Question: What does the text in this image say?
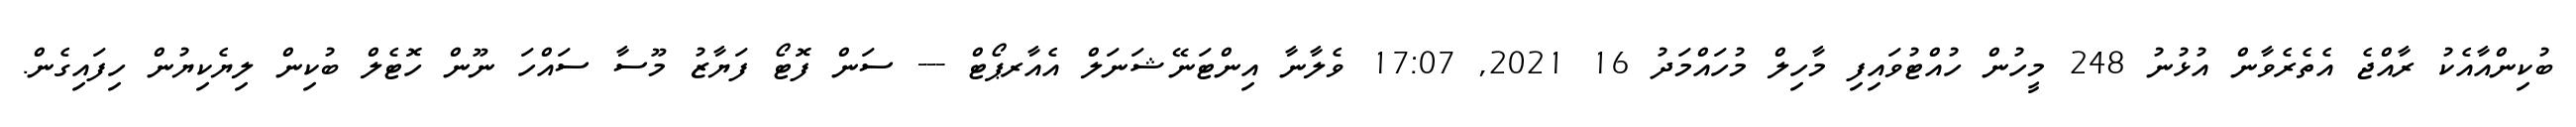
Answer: ބުކިންއާއެކު ރާއްޖެ އެތެރެވާން އުޅުނު 248 މީހުން ހުއްޓުވައިފި މާހިލް މުހައްމަދު 16 2021, 17:07 ވެލާނާ އިންޓަނޭޝަނަލް އެއާރޕޯޓް --- ސަން ފޮޓޯ ފަޔާޒު މޫސާ ސައްހަ ނޫން ހޮޓެލް ބުކިން ލިޔެކިޔުން ހިފައިގެން.